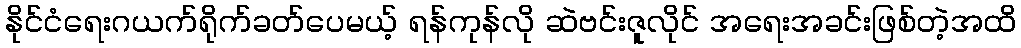
နိုင်ငံရေးဂယက်ရိုက်ခတ်ပေမယ့် ရန်ကုန်လို ဆဲဗင်းဇူလိုင် အရေးအခင်းဖြစ်တဲ့အထိ